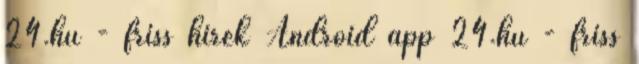
24.hu - friss hírek Android app 24.hu - friss